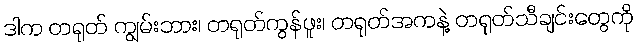
ဒါက တရုတ် ကျွမ်းဘား၊ တရုတ်ကွန်ဖူး၊ တရုတ်အကနဲ့ တရုတ်သီချင်းတွေကို